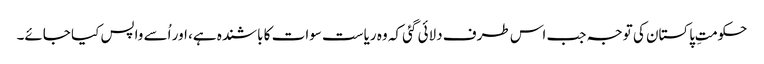
حکومتِ پاکستان کی توجہ جب اس طرف دلائی گئی کہ وہ ریاست سوات کا باشندہ ہے، اور اُسے واپس کیا جائے۔